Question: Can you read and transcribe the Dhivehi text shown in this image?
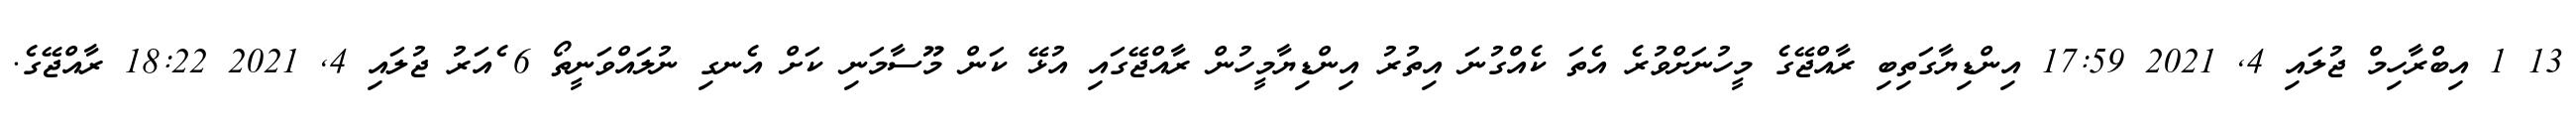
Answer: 13 1 އިބްރާހިމް ޖުލައި 4, 2021 17:59 އިންޑިޔާގަތިބި ރާއްޖޭގެ މީހުނަށްވުރެ އެތަ ކެއްގުނަ އިތުރު އިންޑިޔާމީހުން ރާއްޖޭގައި އުޅޭ ކަން މޫސާމަނި ކަށް އެނގި ނުލައްވަނީތޯ 6 ެއަރު ޖުލައި 4, 2021 18:22 ރާއްޖޭގެ.